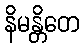
နိမန္တိတေ